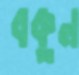
বকুন